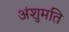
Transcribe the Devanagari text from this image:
अंशुमति